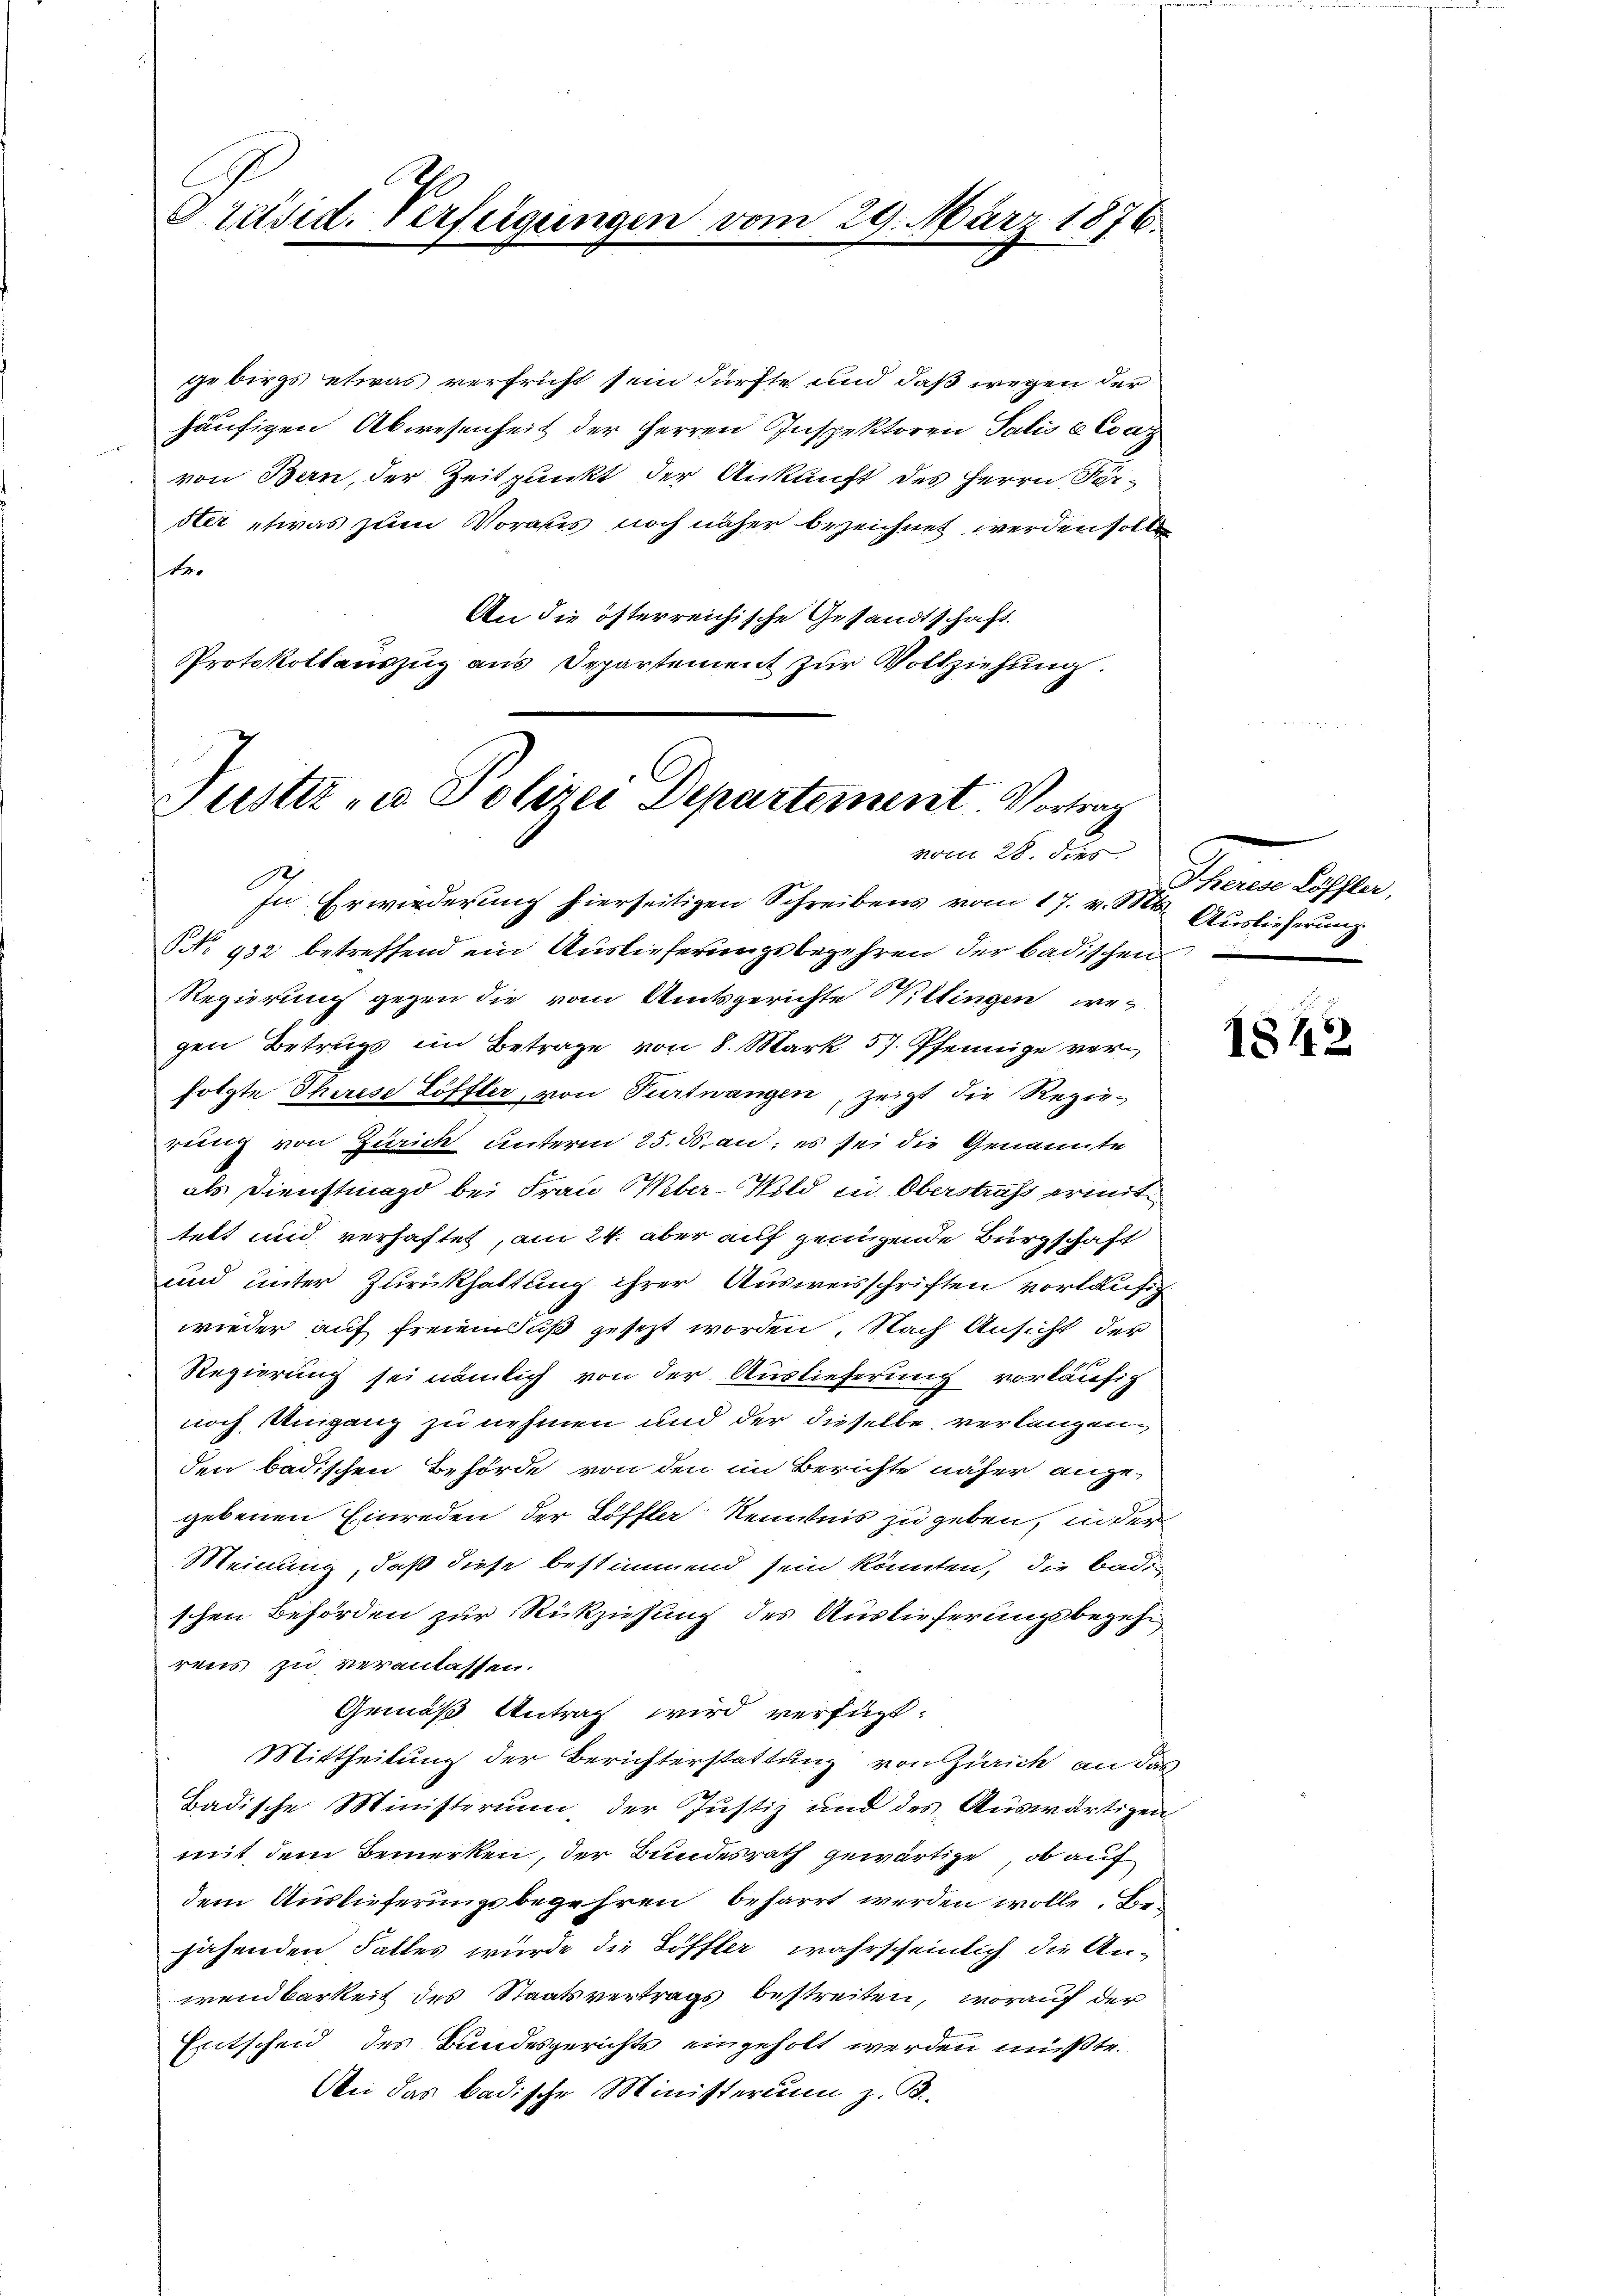
Präsid. Verfügungen

077

29. März 1876.

gebirgs etwas verfrüht sein dürfte und daß wegen der
häufigen Abwesenheit der Herren Inspektoren Salis a Ca
von Bern, der Zeitpunkt der Ankunft des Herrn Seister etwas zum Voraus noch näher bezeichnet werden sollt
te.
An die österreichische Gesandtschaft
Protokollauszug aus Departement zur Vollziehung.

Justiz- u. Polizei Departement. Vortrag
vom 28. dies

Sch
In Erwiederung hierseitigen Schreibens vom 17. v. Mts. Auslieferung
NNo. 932 betreffend ein Auslieferungsbegehren der badischen
Regierung gegen die vom Amtsgerichte Willingen wegen Betrugs im Betrage von 8. Mark 57. Pfennige verfolgte Therese Löffler, von Turtwangen, zeigt die Regierung von Zürich unterm 25. ds. an: es sei die Genannte
als Dienstmagd bei Frau Weber-Wild in Oberstrafs ermittett und verhaftet, am 24. aber auf genügende Bürgschaft
und unter Zurückhaltung ihrer Ausweisschriften vorläufig
wieder auf freienuß gesezt worden. Nach Ansicht der
Regierung sei nämlich von der Auslieferung vorläufig
noch Umgang zu nehmen und der dieselbe verlangen,
den badischen Behörde von den im Berichte näher angegebenen Einreden der Löffler Kenntnis zu geben, in der
Meinung, daß diese bestimmend sein könnten, die Badischen Behörden zur Rückziehung des Auslieferungsbezahl
rens zu veranlassen.
Gemäß Antrag wird verfügt:
Mittheilung der Berichterstattung von Zürich an das
Badische Ministerium, der Justiz und des Auswärtigen
mit dem Bemerken, der Bundesrath gewärtige, ob auf
dem Auslieferungsbegehren beharrt werden wolle. Bei
jähenden Falles wurde die Löffler, wahrscheinlich die An-
wendbarkeit des Staatsvertrags bestreiten, worauf der
Entscheid des Bundesgerichts eingeholt werden müßte.
An das badische Ministerium z. B.

Stern die

1842